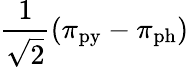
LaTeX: \frac{1}{\sqrt{2}}(\pi_{\mathrm{py}}-\pi_{\mathrm{ph}})